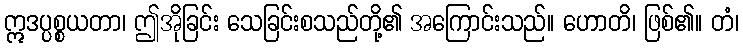
ဣဒပ္ပစ္စယတာ၊ ဤအိုခြင်း သေခြင်းစသည်တို့၏ အကြောင်းသည်။ ဟောတိ၊ ဖြစ်၏။ တံ၊